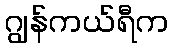
ဂျွန်ကယ်ရီက